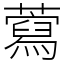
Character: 藛